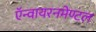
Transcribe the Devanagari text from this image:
ऍन्वायरनमेण्टल